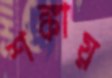
শঙ্কায়